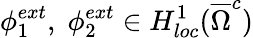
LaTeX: \phi_{1}^{ext},\; \phi_{2}^{ext}\in H_{loc}^{1}(\overline{\Omega}^{c})